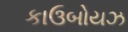
કાઉબોયઝ